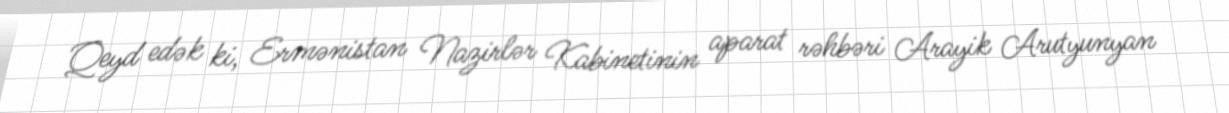
Qeyd edək ki, Ermənistan Nazirlər Kabinetinin aparat rəhbəri Arayik Arutyunyan